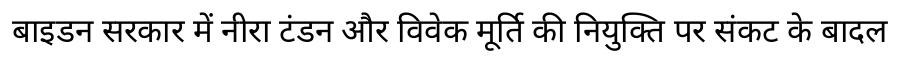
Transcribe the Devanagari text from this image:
बाइडन सरकार में नीरा टंडन और विवेक मूर्ति की नियुक्ति पर संकट के बादल